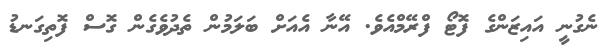
ނެގުނީ އައިޒަންގެ ފޮޓޯ ފްރޭމްއެވެ. އޭނާ އެއަށް ބަލަމުން ތެދުވެގެން ގޮސް ފޮތިގަނޑު